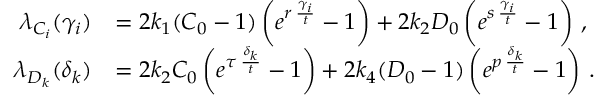
\begin{array} { r l } { \lambda _ { C _ { i } } ( \gamma _ { i } ) } & { = 2 k _ { 1 } ( C _ { 0 } - 1 ) \left( e ^ { r \, \frac { \gamma _ { i } } { t } } - 1 \right) + 2 k _ { 2 } D _ { 0 } \left( e ^ { s \, \frac { \gamma _ { i } } { t } } - 1 \right) \, , } \\ { \lambda _ { D _ { k } } ( \delta _ { k } ) } & { = 2 k _ { 2 } C _ { 0 } \left( e ^ { \tau \, \frac { \delta _ { k } } { t } } - 1 \right) + 2 k _ { 4 } ( D _ { 0 } - 1 ) \left( e ^ { p \, \frac { \delta _ { k } } { t } } - 1 \right) \, . } \end{array}